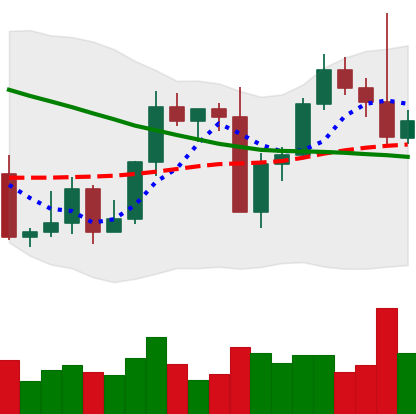
Ticker: LTC-USD
Chart end date: 2022-09-14
Forward return: -12.088%
Label: down_7plus